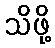
သိဖို့